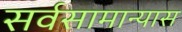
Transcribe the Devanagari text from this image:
सर्वसामान्यास